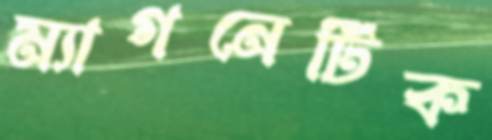
ম্যাগনেটিক